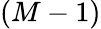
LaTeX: \left(M-1\right)